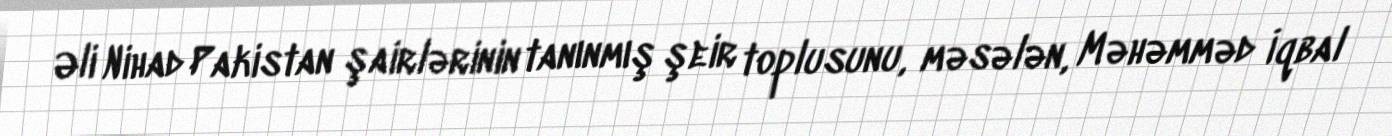
Əli Nihad Pakistan şairlərinin tanınmış şeir toplusunu, məsələn, Məhəmməd İqbal